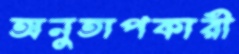
অনুতাপকারী